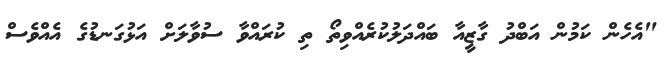
"އެހެން ކަމުން އަބްދު ގާޒީއާ ބައްދަލުކުރެއްވިތޯ ތި ކުރައްވާ ސުވާލަށް އަޅުގަނޑުގެ އެއްވެސް